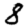
Digit: 8